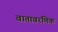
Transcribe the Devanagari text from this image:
वातावरणिक